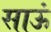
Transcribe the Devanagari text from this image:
साऊं